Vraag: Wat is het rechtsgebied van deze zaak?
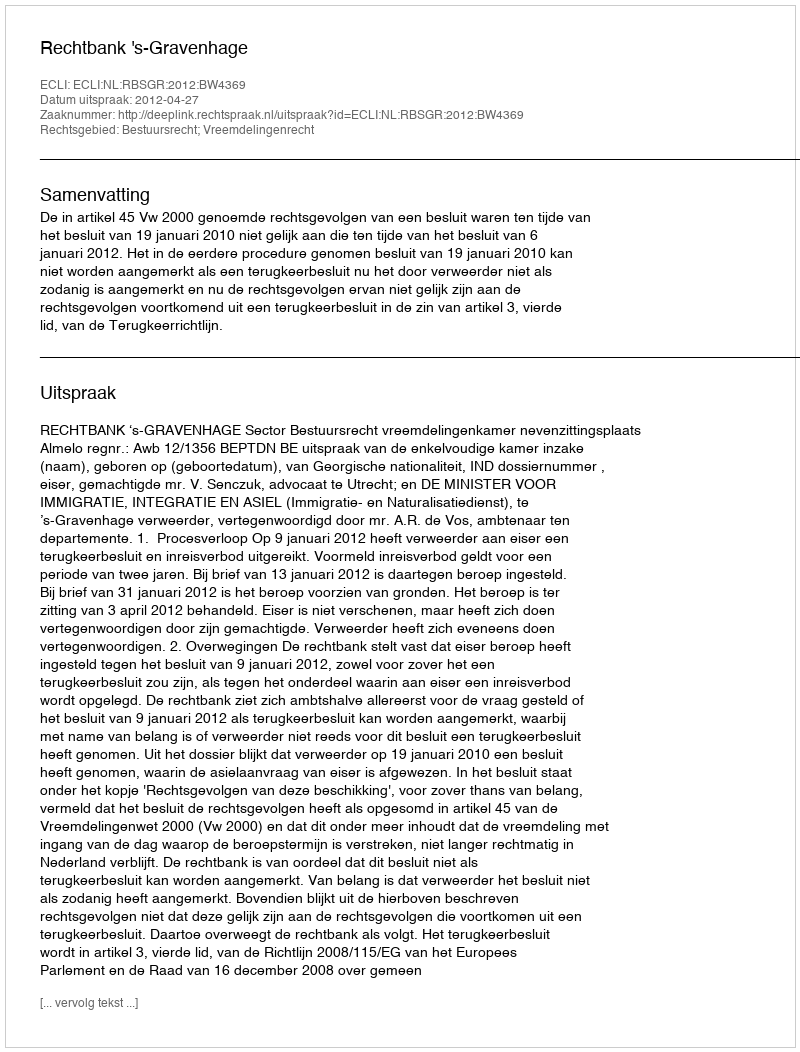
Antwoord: Bestuursrecht; Vreemdelingenrecht